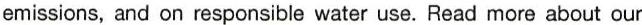
emissions, and on responsible water use. Read more about our